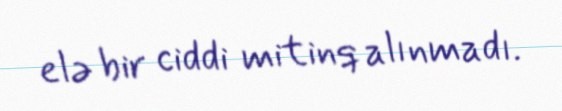
elə bir ciddi mitinq alınmadı.